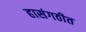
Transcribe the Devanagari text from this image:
हासंगठीत